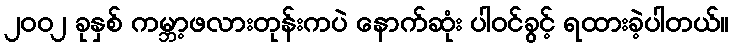
၂၀၀၂ ခုနှစ် ကမ္ဘာ့ဖလားတုန်းကပဲ နောက်ဆုံး ပါဝင်ခွင့် ရထားခဲ့ပါတယ်။